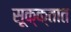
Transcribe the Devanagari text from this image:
सूक्क्तात